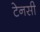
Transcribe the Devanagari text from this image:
टेनसी